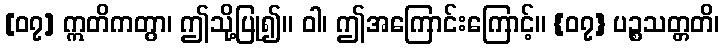
[၀၇] ဣတိကတွာ၊ ဤသို့ပြု၍။ ဝါ၊ ဤအကြောင်းကြောင့်။ {၀၇} ပဉ္စသတ္တတိ၊